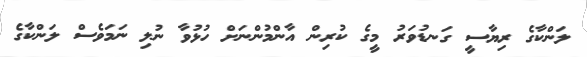
ލަންކާގެ ރިޔާސީ ގަނޑުވަރު މީގެ ކުރިން އާންމުންނަށް ހުޅުވާ ނުލި ނަމަވެސް ލަންކާގެ